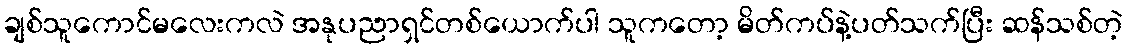
ချစ်သူကောင်မလေးကလဲ အနုပညာရှင်တစ်ယောက်ပါ သူကတော့ မိတ်ကပ်နဲ့ပတ်သက်ပြီး ဆန်သစ်တဲ့